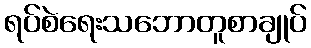
ရပ်စဲရေးသဘောတူစာချုပ်